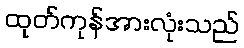
ထုတ်ကုန်အားလုံးသည်